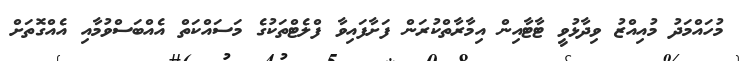
މުހައްމަދު މުއިއްޒު ވިދާޅުވީ ޓާޓާއިން އިމާރާތްކުރަން ފަށާފައިވާ ފްލެޓްތަކުގެ މަސައްކަތް އެއްބަސްވުމާއި އެއްގޮތަށް